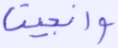
وأنجينا